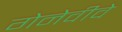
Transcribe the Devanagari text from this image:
गेनेवीवे